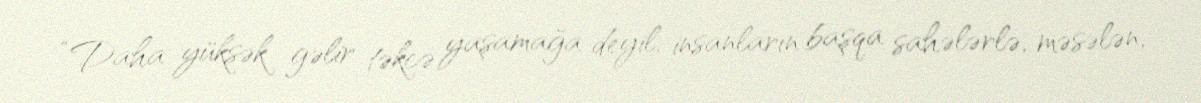
“Daha yüksək gəlir təkcə yaşamağa deyil, insanların başqa sahələrlə, məsələn,